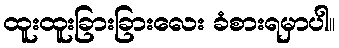
ထူးထူးခြားခြားလေး ခံစားရမှာပါ။